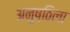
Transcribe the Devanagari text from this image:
अनुष्ठिला